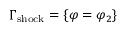
\Gamma _ { \mathrm { s h o c k } } = \{ \varphi = \varphi _ { 2 } \}